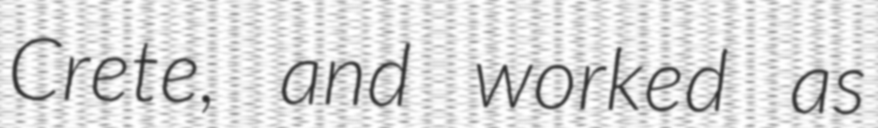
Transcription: Crete, and worked as